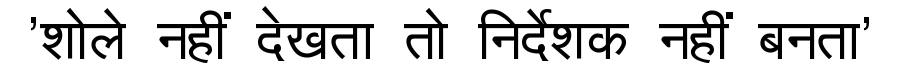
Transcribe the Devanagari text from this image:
'शोले नहीं देखता तो निर्देशक नहीं बनता'